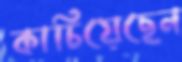
কাচিয়েছেন